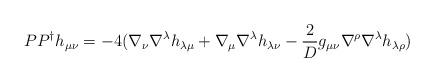
LaTeX: \begin{align*}PP^{\dag} h_{\mu\nu} = -4 (\nabla_{\nu} \nabla^{\lambda}h_{\lambda\mu} + \nabla_{\mu} \nabla^{\lambda} h_{\lambda\nu} -\frac{2}{D} g_{\mu\nu} \nabla^{\rho} \nabla^{\lambda} h_{\lambda\rho})\end{align*}